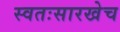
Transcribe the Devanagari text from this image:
स्वतःसारखेच